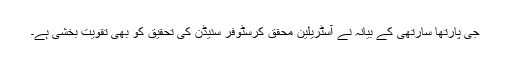
جی پارتھا سارتھی کے بیانہ نے آسٹریلین محقق کرسٹوفر سنیڈن کی تحقیق کو بھی تقویت بخشی ہے۔